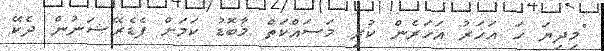
"މިދިޔަ ހަ އަހަރު އަހަރެން ކުރި މަސައްކަތް މާބޮޑު ކަމަށް ފެޑެރޭޝަނުން ދެކޭ